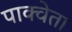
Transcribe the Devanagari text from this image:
पाक्वेता